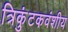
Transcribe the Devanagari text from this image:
त्रिकुंटकवंशीय